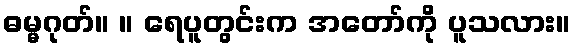
ဓမ္မဂုတ်။ ။ ရေပူတွင်းက အတော်ကို ပူသလား။